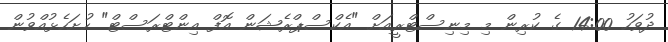
ދުވަހު 14:00 ގެ ކުރިން މި މިނިސްޓްރީއަށް "އެކްސްޕްރެޝަން އޮފް އިންޓްރަސްޓް" ހުށަހެޅުއްވުން